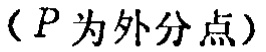
（$P$为外分点）